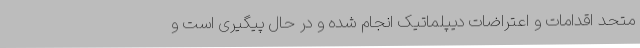
متحد اقدامات و اعتراضات دیپلماتیک انجام شده و در حال پیگیری است و